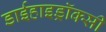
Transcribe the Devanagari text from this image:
डाईहाइड्रॉक्सी